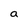
Character: a